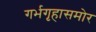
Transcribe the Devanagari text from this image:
गर्भगृहासमोर